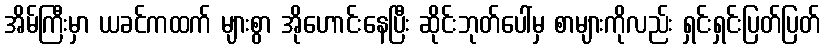
အိမ်ကြီးမှာ ယခင်ကထက် များစွာ အိုဟောင်းနေပြီး ဆိုင်းဘုတ်ပေါ်မှ စာများကိုလည်း ရှင်းရှင်းပြတ်ပြတ်